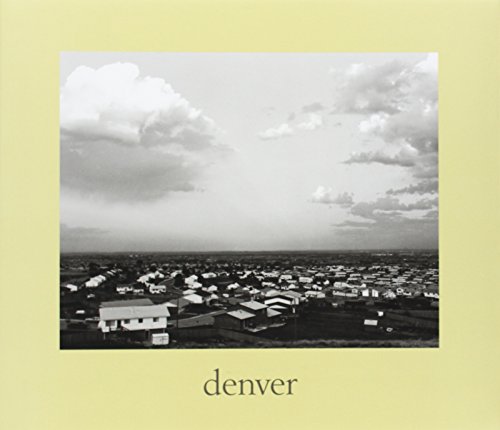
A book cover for denver: A Photographic Survey of the Metropolitan Area, 1970-1974 (Yale University Art Gallery); Robert Adams; Travel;